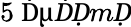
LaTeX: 5~\textrm Ḋ\textmu ḊḌmḌ